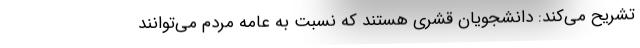
تشریح می‌کند: دانشجویان قشری هستند که نسبت به عامه مردم می‌توانند